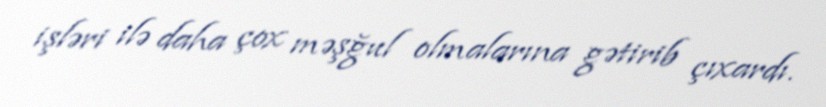
işləri ilə daha çox məşğul olmalarına gətirib çıxardı.